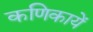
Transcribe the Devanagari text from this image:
कणिकायें